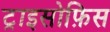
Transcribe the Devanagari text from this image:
ट्राइसोफ़िस